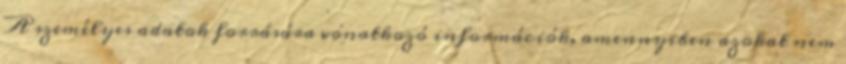
A személyes adatok forrására vonatkozó információk, amennyiben azokat nem